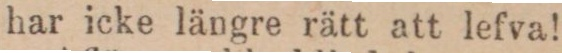
har icke längre rätt att lefva!